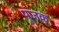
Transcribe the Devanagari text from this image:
पूंजक